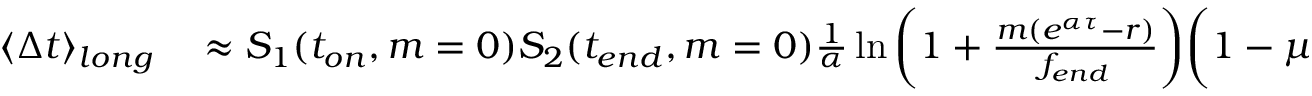
\begin{array} { r l } { \langle \Delta t \rangle _ { l o n g } } & { { } \approx S _ { 1 } ( t _ { o n } , m = 0 ) S _ { 2 } ( t _ { e n d } , m = 0 ) \frac { 1 } { \alpha } \ln { \bigg ( 1 + \frac { m ( e ^ { \alpha \tau } - r ) } { f _ { e n d } } \bigg ) } \bigg ( 1 - \mu ( t _ { e n d } , m = 0 ) ( t _ { e } - t _ { e n d } ) \bigg ) . } \end{array}